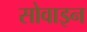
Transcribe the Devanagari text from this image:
सोवाइन